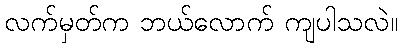
လက်မှတ်က ဘယ်လောက် ကျပါသလဲ။